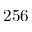
2 5 6